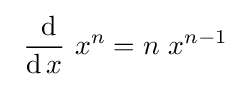
~{\frac {\ \operatorname {d} }{\operatorname {d} x}}\ x^{n}=n\ x^{n-1}~